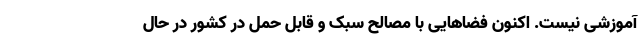
آموزشی نیست. اکنون فضاهایی با مصالح سبک و قابل حمل در کشور در حال